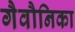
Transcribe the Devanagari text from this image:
गैवौनिका